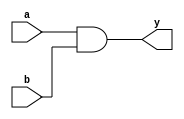
module reg_combo_example( a, b, y);
input a, b;
output y;

reg   y;
wire a, b;

always @ ( a or b)
begin	
  y = a & b;
end

endmodule